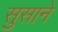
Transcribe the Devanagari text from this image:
सुसाने